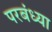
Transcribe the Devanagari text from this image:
परबंध्या